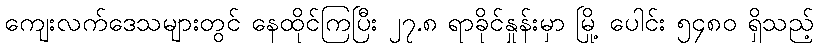
ကျေးလက်ဒေသများတွင် နေထိုင်ကြပြီး ၂၇.၈ ရာခိုင်နှုန်းမှာ မြို့ ပေါင်း ၅၄၈၀ ရှိသည့်